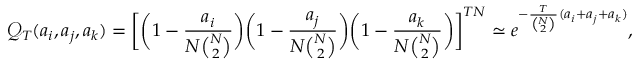
\mathcal { Q } _ { T } ( a _ { i } , a _ { j } , a _ { k } ) = \bigg [ \bigg ( 1 - \frac { a _ { i } } { N { \binom { N } { 2 } } } \bigg ) \bigg ( 1 - \frac { a _ { j } } { N { \binom { N } { 2 } } } \bigg ) \bigg ( 1 - \frac { a _ { k } } { N { \binom { N } { 2 } } } \bigg ) \bigg ] ^ { T N } \simeq e ^ { - \frac { T } { { \binom { N } { 2 } } } ( a _ { i } + a _ { j } + a _ { k } ) } ,